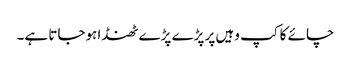
چائے کا کپ وہیں پر پڑے پڑے ٹھنڈا ہوجاتا ہے۔